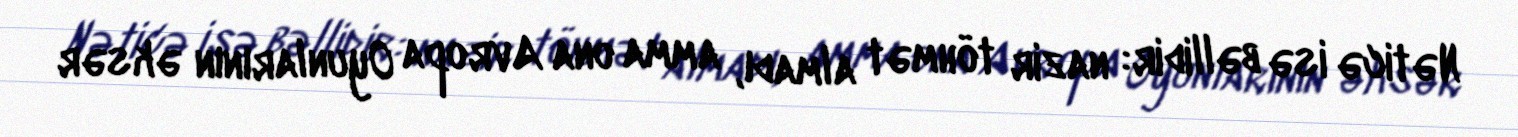
Nəticə isə bəllidir: nazir töhmət almadı, amma ona Avropa Oyunlarının əksər